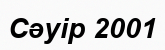
Сәуір 2001